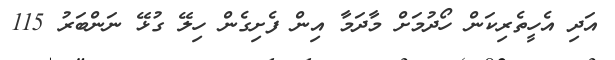
އަދި އެހީތެރިކަން ހޯދުމަށް މާދަމާ އިން ފެށިގެން ހިލޭ ގުޅޭ ނަންބަރު 115